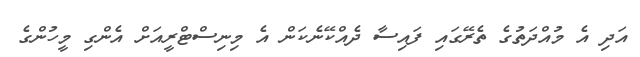
އަދި އެ މުއްދަތުގެ ތެރޭގައި ފައިސާ ދެއްކޭނެކަން އެ މިނިސްޓްރީއަށް އެންގި މީހުންގެ